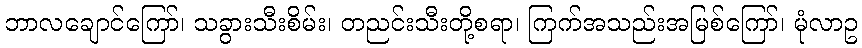
ဘာလချောင်ကြော်၊ သခွားသီးစိမ်း၊ တညင်းသီးတို့စရာ၊ ကြက်အသည်းအမြစ်ကြော်၊ မုံလာဥ